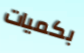
بكميات